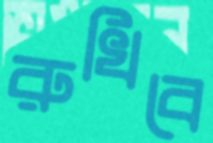
রুখিবে